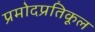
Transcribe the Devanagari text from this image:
प्रमोदप्रतिकूल